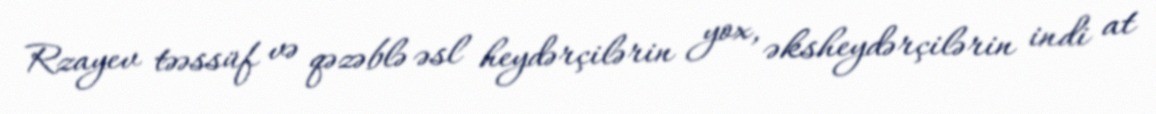
Rzayev təəssüf və qəzəblə əsl heydərçilərin yox, əksheydərçilərin indi at